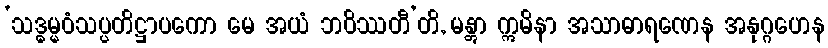
‘သဒ္ဓမ္မဝံသပ္ပတိဋ္ဌာပကော မေ အယံ ဘဝိဿတီ’တိ, မန္တွာ ဣမိနာ အသာဓာရဏေန အနုဂ္ဂဟေန